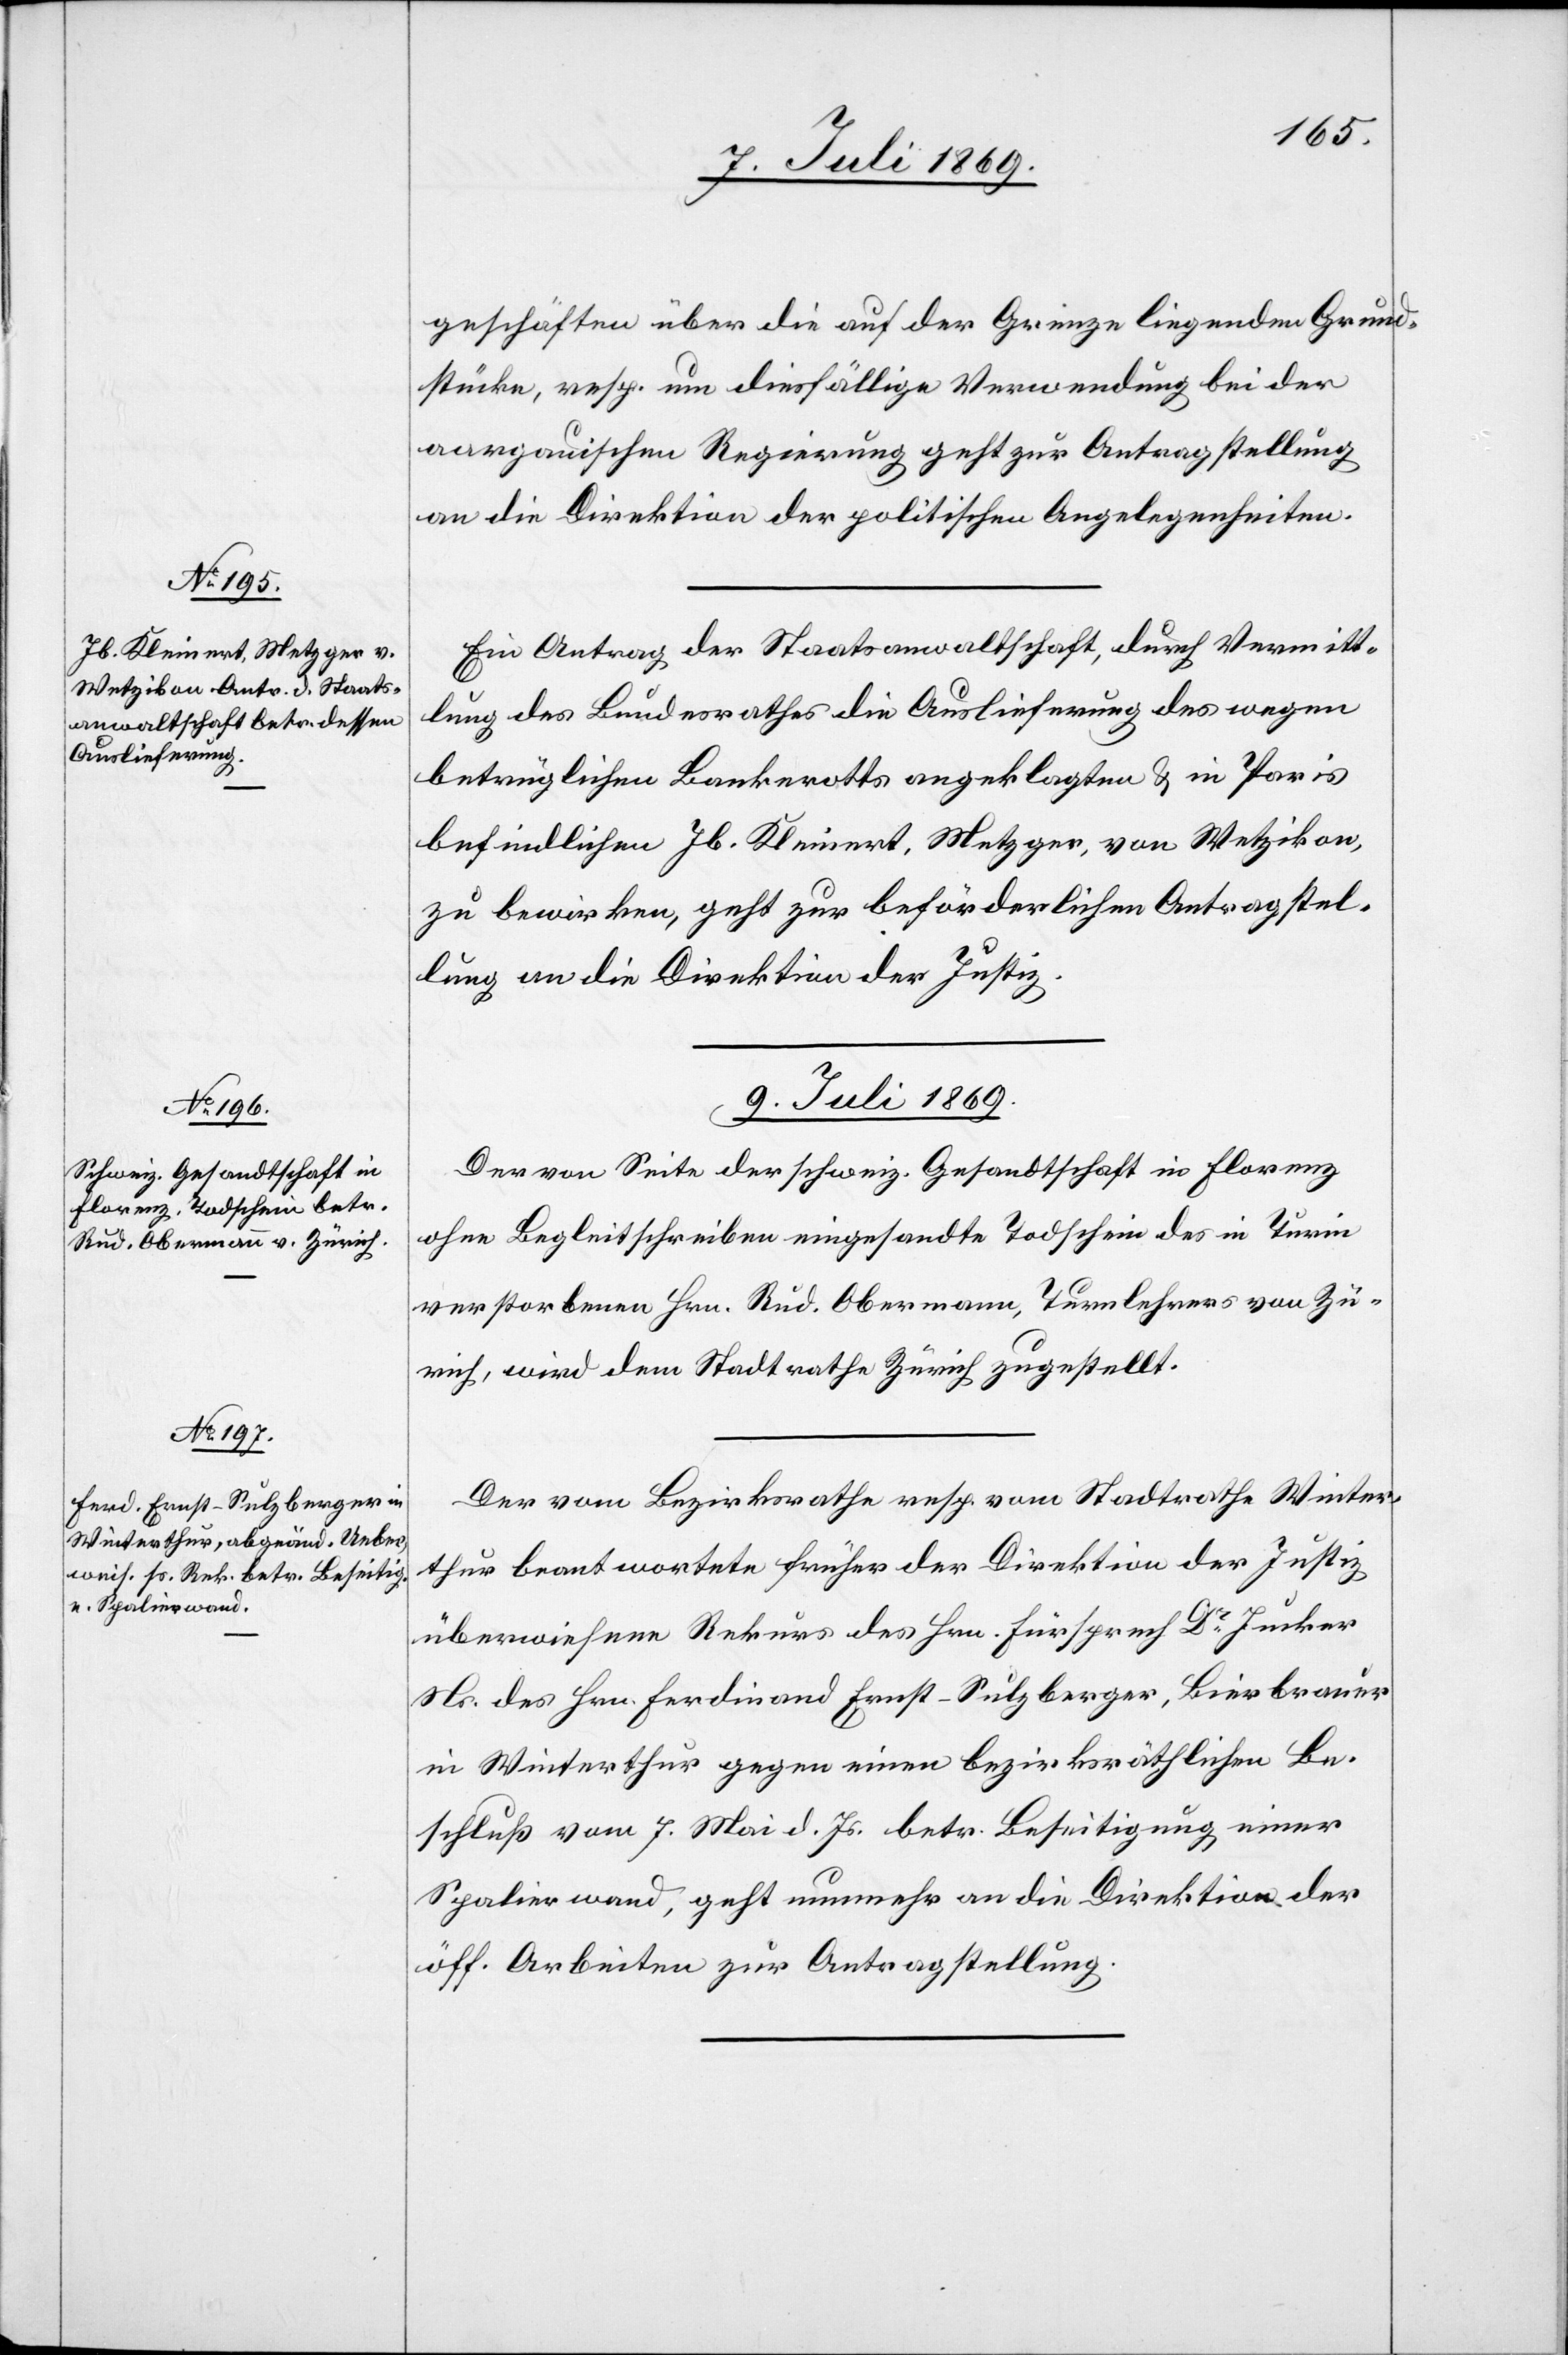
8. Juli 1869.]
geschäften über die auf der Grenze liegenden Grund¬
stücke, resp. um diesfällige Verwendung bei der
aargauischen Regierung geht zur Antragstellung
an die Direktion der politischen Angelegenheiten.
Ein Antrag der Staatsanwaltschaft, durch Vermitt¬
lung des Bundesrathes die Auslieferung des wegen
betrüglichen Bankrotts angeklagten u. in Paris
befindlichen Jb. Kleinert, Metzger, von Wetzikon,
zu bewirken, geht zur beförderlichen Antragstel¬
lung an die Direktion der Justiz.
9. Juli 1869.]
Der von Seite der schweiz. Gesandtschaft in Florenz
ohne Begleitschreiben eingesandte Todschein des in Turin
verstorbenen Hrn. Rud. Obermann, Turmlehrers von Zü¬
rich, wird dem Stadtrathe Zürich zugestellt.
Der vom Bezirksrathe resp. vom Stadtrathe Winter¬
thur beantwortete früher der Direktion der Justiz
überwiesene Rekurs des Hrn. Fürsprech Dr Jucker
Ns. des Hrn. Ferdinand Ernst-Sulzberger, Bierbrauer
in Winterthur gegen einen bezirksräthlichen Be¬
schluß vom 7. Mai d. Js. betr. Beseitigung einer
Spalierwand, geht nunmehr an die Direktion der
öff. Arbeiten zur Antragstellung.